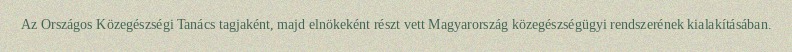
Az Országos Közegészségi Tanács tagjaként, majd elnökeként részt vett Magyarország közegészségügyi rendszerének kialakításában.